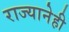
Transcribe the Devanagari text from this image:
राज्यानेही